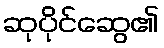
ဆုပိုင်ဆွေ၏